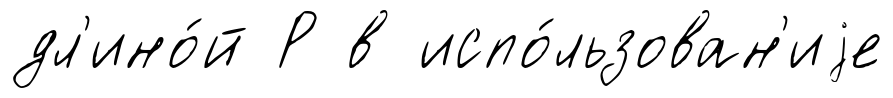
дл'ино́й Р в испо́льзован'иjе